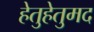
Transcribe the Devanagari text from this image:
हेतुहेतुमद